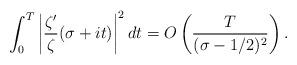
LaTeX: \begin{align*}\int_0^T \left| \frac{\zeta'}{\zeta}(\sigma+it) \right|^2 dt = O\left( \frac{T}{(\sigma-1/2)^2} \right). \end{align*}